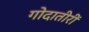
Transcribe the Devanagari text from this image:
गोदातीरीं